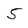
Character: 5